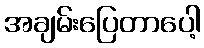
အချမ်းပြေတာပေါ့